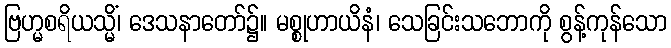
ဗြဟ္မစရိယသ္မိံ၊ ဒေသနာတော်၌။ မစ္စုဟာယိနံ၊ သေခြင်းသဘောကို စွန့်ကုန်သော